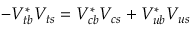
- V _ { t b } ^ { * } V _ { t s } = V _ { c b } ^ { * } V _ { c s } + V _ { u b } ^ { * } V _ { u s }